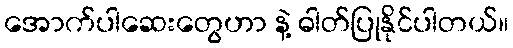
အောက်ပါဆေးတွေဟာ နဲ့ ဓါတ်ပြုနိုင်ပါတယ်။